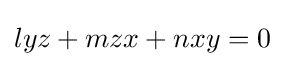
lyz+mzx+nxy=0